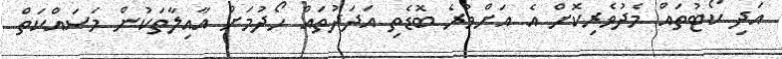
އަދި ކޯޓުތައް މެދުވެރިކޮށް އެ އަށްވުރެ ބޮޑެތި އަދަދުތައް ހޯދުމަށް އާއިލާތަކުން މަސައްކަތް